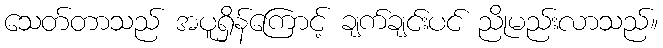
သေတ်တာသည် အပူရှိန်ကြောင့် ချက်ချင်းပင် ညိုမည်းလာသည်။